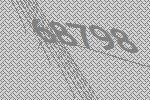
68798